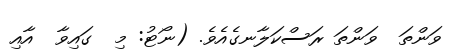
ވަންތަ  ވަންތަ ރަސްކަލާނގެއެވެ. (ނޯޓު: މި  ގައިވާ  އާއި